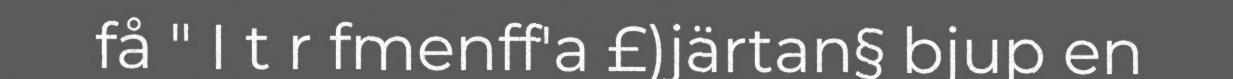
få " I t r fmenff'a £)järtan§ bjup en